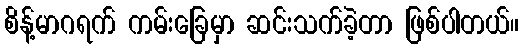
စိန့်မာဂရက် ကမ်းခြေမှာ ဆင်းသက်ခဲ့တာ ဖြစ်ပါတယ်။